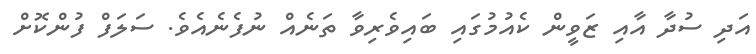
އަދި ސުދާ އާއި ޒަވީން ކެއުމުގައި ބައިވެރިވާ ތަނެއް ނުފެނެއެވެ. ސަލަފް ފުންކޮށް